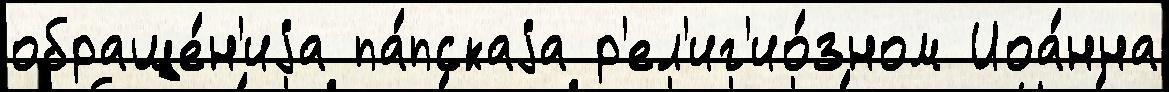
обраще́н'иjа па́пскаjа р'ел'иг'ио́зном Иоа́нна